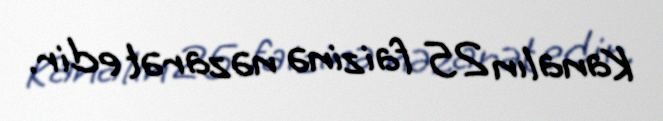
Kanalın 25 faizinə nəzarət edir.